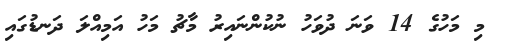
މި މަހުގެ 14 ވަނަ ދުވަހު ނުކުންނައިރު މާޗު މަހު އަމިއްލަ ދަނޑުގައި